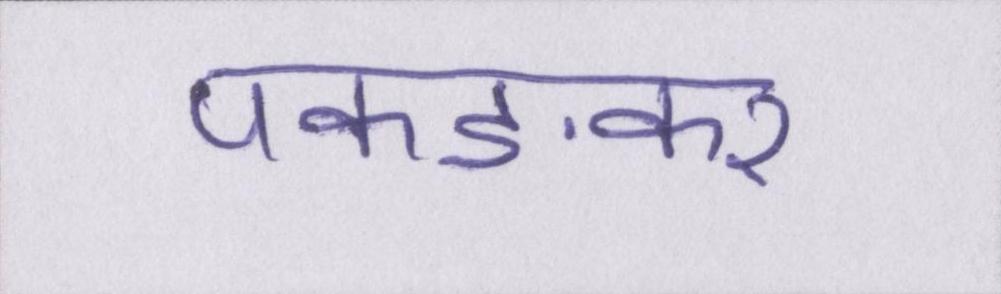
पकङकर